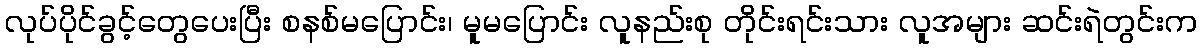
လုပ်ပိုင်ခွင့်တွေပေးပြီး စနစ်မပြောင်း၊ မူမပြောင်း လူနည်းစု တိုင်းရင်းသား လူအများ ဆင်းရဲတွင်းက